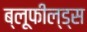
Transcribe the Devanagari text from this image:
ब्लूफील्ड्स